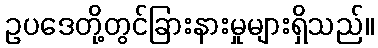
ဥပဒေတို့တွင်ခြားနားမှုများရှိသည်။